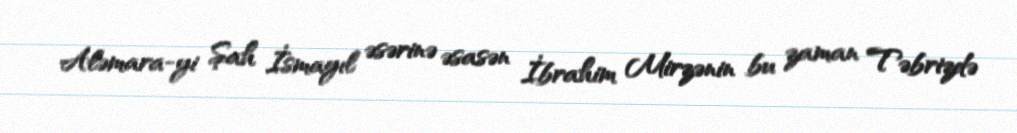
Aləmara-yi Şah İsmayıl əsərinə əsasən İbrahim Mirzənin bu zaman Təbrizdə